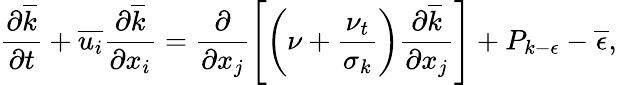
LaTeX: \frac{\partial\overline{{k}}}{\partial t}+\overline{{u_{i}}}\frac{\partial\overline{{k}}}{\partial x_{i}}=\frac{\partial}{\partial x_{j}}\left[\left(\nu+\frac{\nu_{t}}{\sigma_{k}}\right)\frac{\partial\overline{{k}}}{\partial x_{j}}\right]+P_{k-\epsilon}-\overline{{\epsilon}},